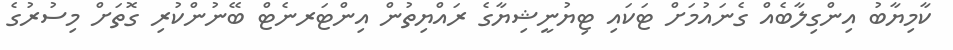
ކާމިޔާބު އިންގިލާބެއް ގެނައުމަށް ޓަކައި ޓިޔުނީޝިޔާގެ ރައްޔިތުން އިންޓަރނެޓް ބޭނުންކުރި ގޮތަށް މިސުރުގެ